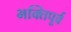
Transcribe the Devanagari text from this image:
भक्तिपूर्व